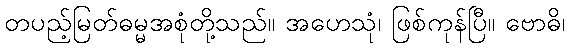
တပည့်မြတ်ဓမ္မအစုံတို့သည်။ အဟေသုံ၊ ဖြစ်ကုန်ပြီ။ ဗောဓိ၊